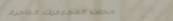
محلات المجوهرات الفاخرة: